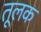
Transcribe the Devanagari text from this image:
तूलक